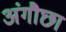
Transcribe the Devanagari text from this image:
अंगौछा